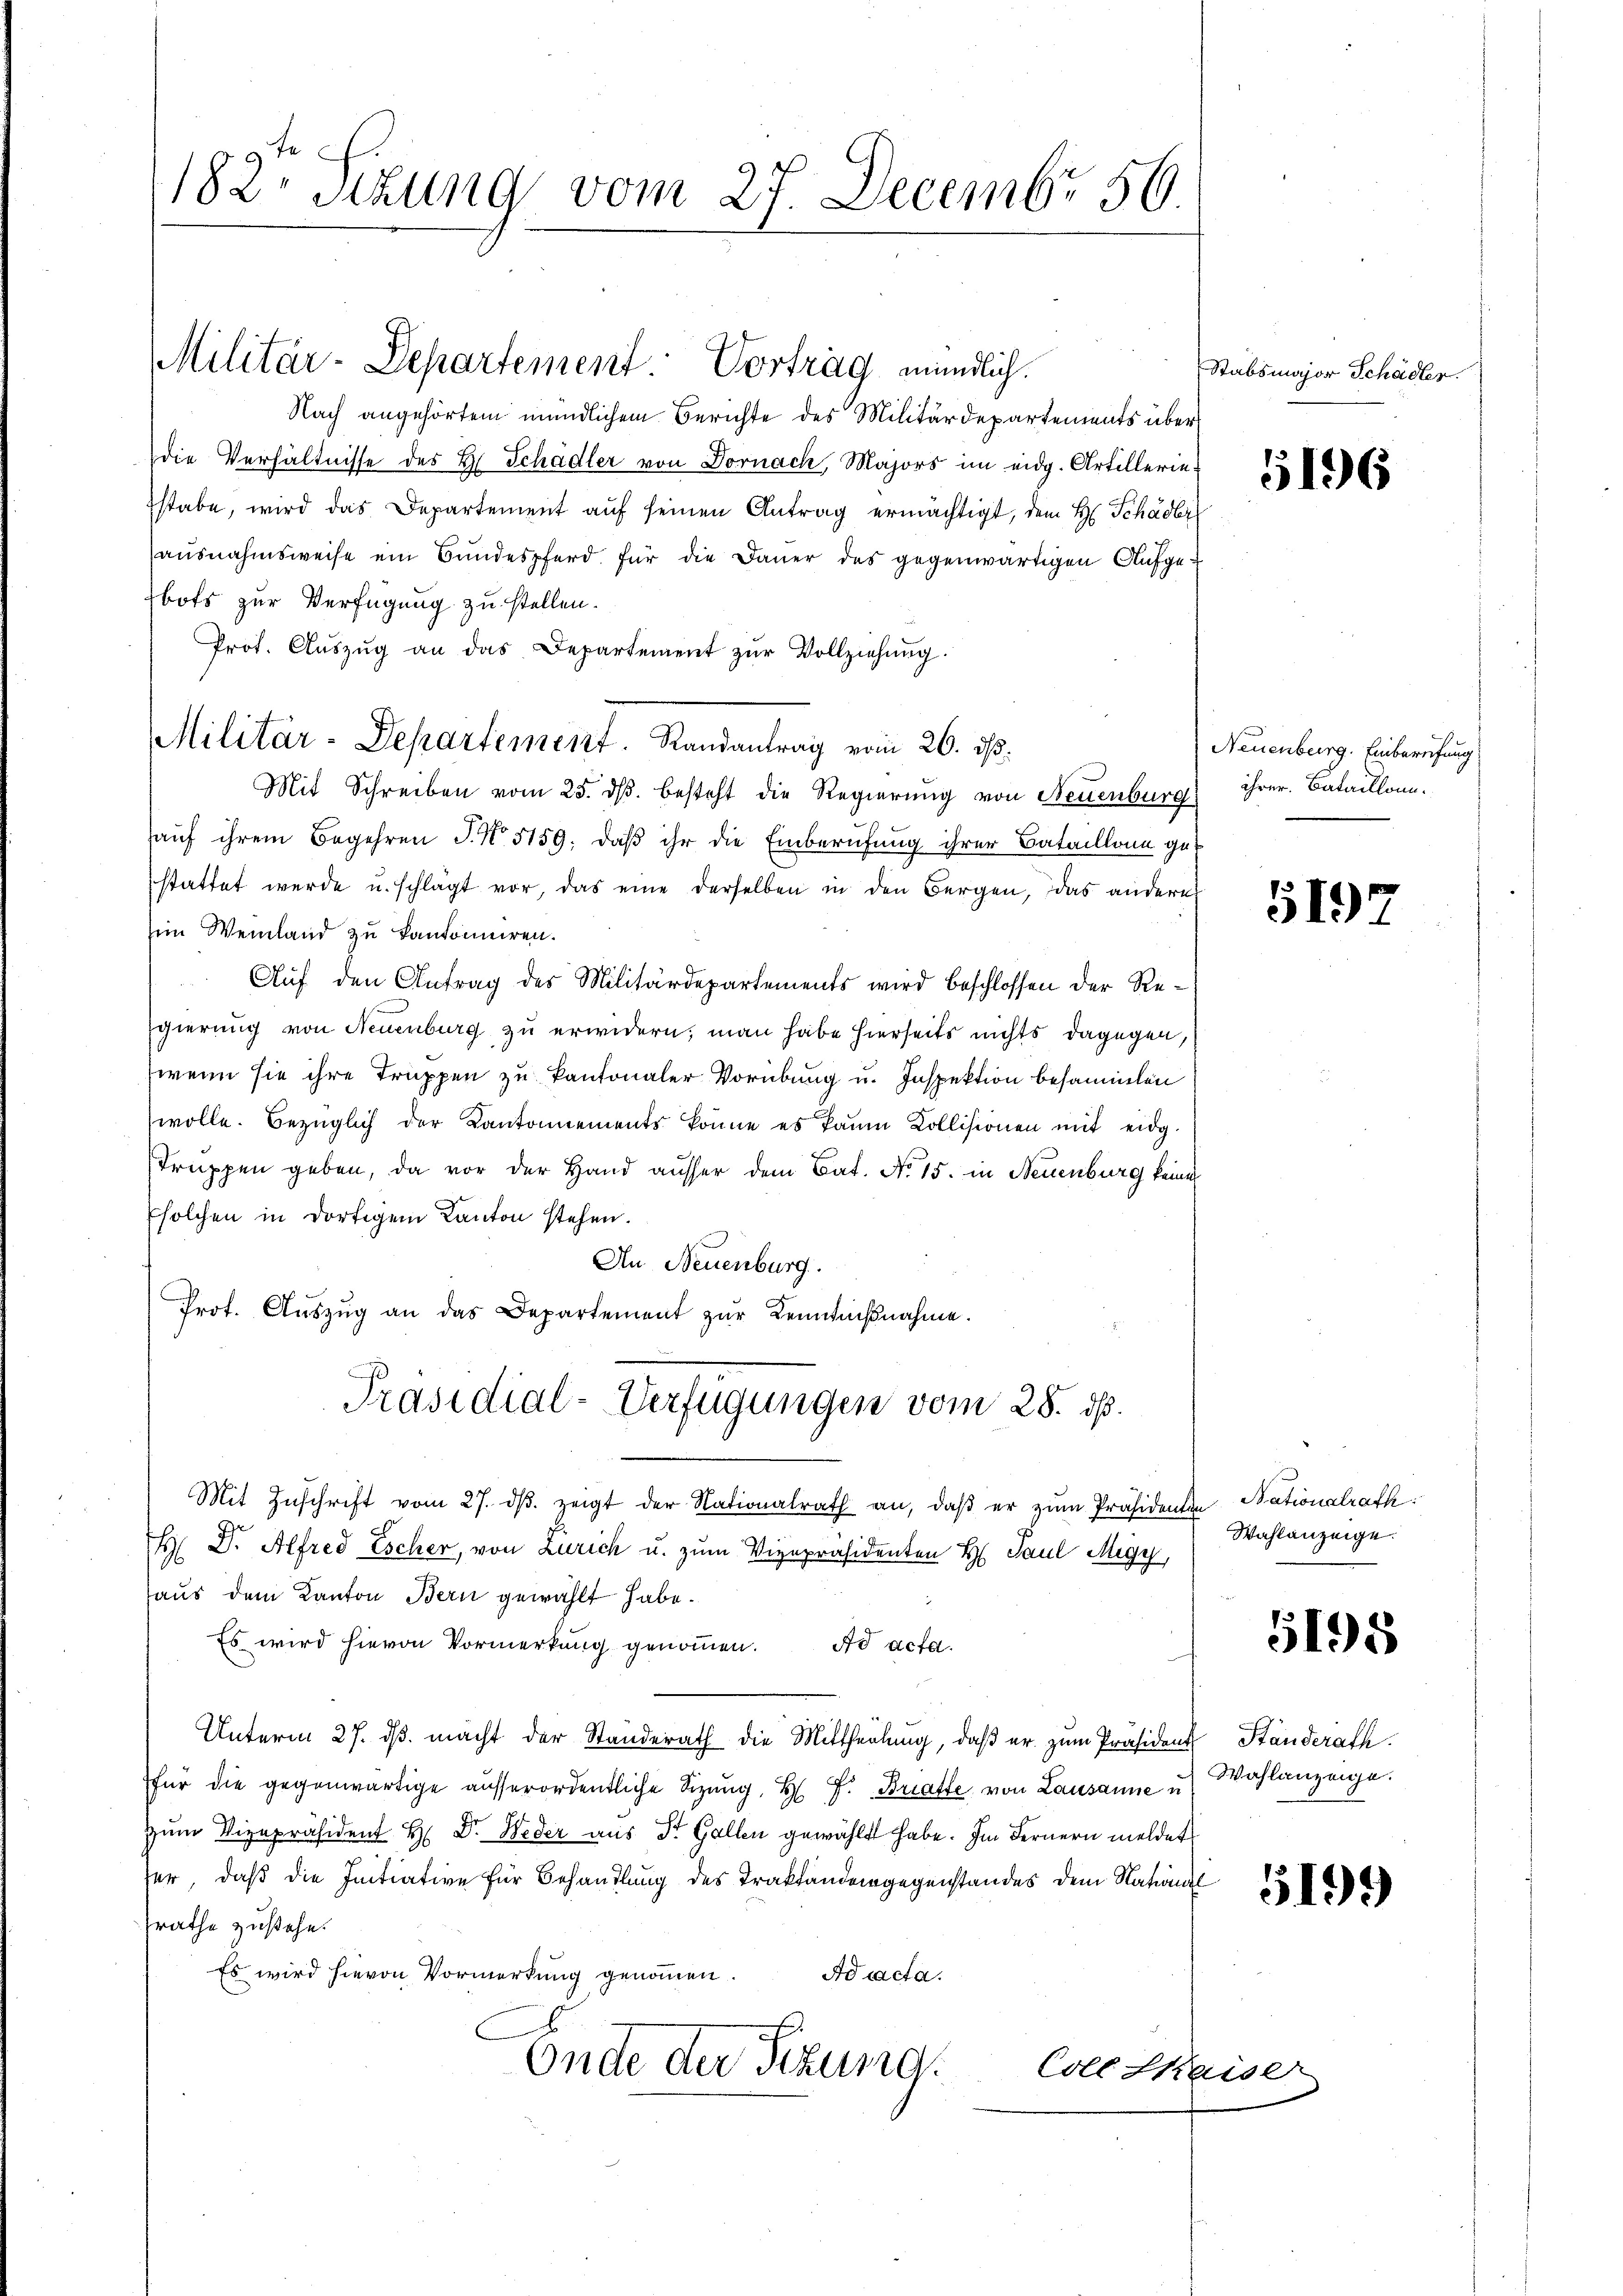
182. Sizung vom 27. Decembr 56.

Nach angehörtem mündlichem Berichte des Militärdepartements über
die Verhältnisse des H. Schädler von Dornach, Majors im eidg. Artilleriestabe, wird das Departement auf seinen Antrag ermächtigt, dem H. Schädler
ausnahmsweise ein Bundespferd für die Dauer des gegenwärtigen Aufgebots zur Verfügung zu stellen.
Prot. Aŭszŭg an das Departement zŭr Vollziehung.
Militär-Departement. Randantrag vom 26. ds.
Mit Schreiben vom 25. ds. besteht die Regierung von Neuenburg ihrer Bataillonn.
auf ihrem Begehren J. No. 5159; daß ihr die Einberufung ihrer Bataillone gut
stattet werde u. schlägt vor, das eine derselben in den Bergen, das andern
im Weinland zu kantoniciren.
Auf den Antrag des Militärdepartements wird beschlossen der Regierung von Neuenburg zu erwidern; man habe hierseits nichts dagegen,
wenn sie ihre Truppen zu kantonaler Vorübung u. Inspektion besammlen
wolle. Bezüglich der Kantonnements könne es kaum Kollisionen mit eidg.
Truppen geben, da vor der Hand ausser dem Bat. No. 15. in Neuenburg keine
solchen in dortigem Kanton stehen.
An Neuenburg.
Prot. Aŭszŭg an das Departement zŭr Kenntnißnahme.
Präsidial-Verfügungen vom 28. ds.
Mit Zŭschrift vom 27. dβ zeigt der Nationalrath an, daβ er zŭm Präsidenten Nationalrath:
H Dr. Alfred Escher, von Zürich u. zum Vizepräsidenten H. Paul Migy,
haus dem Kanton Bern gewählt habe.
Es wird hievon Vormerkung genommen. ad acta.
Unterm 27. dβ. macht der Standerath die Mittheilung, daβ er zum Präsident Ständerath.
für die gegenwärtige ausserordentliche Sitzŭng, H. F. Bratte, von Lausanne u Wahlanzeige.
zum Vizepräsident H. Dr. Weder aus Dr. Gallen gewählt habe. Im Fernern meldet
ser, daß die Initiative für Behandlung des Traktandengegenstandes dem Nationel
rathe zustehe.
Es wird hievon Vormerkung genommen. Ad acta.
Onde der Sizung.
Coll Skaiser

Militär-Departement. Vortrag mündlich.

Stabsmajor Schädler.

5196

Neuenburg. Einberufung

197

Wahlanzeige.

5198

519)